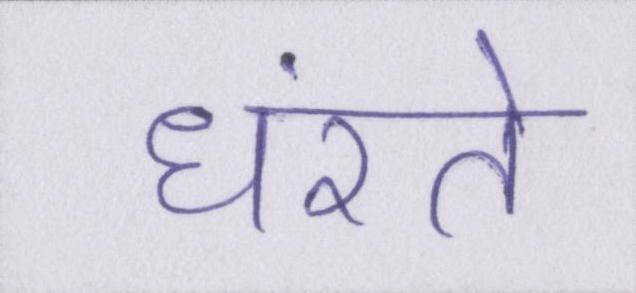
धंसते